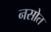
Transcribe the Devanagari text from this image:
नसोत